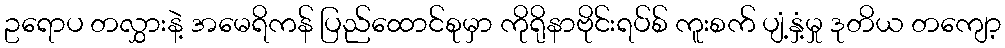
ဥရောပ တလွှားနဲ့ အမေရိကန် ပြည်ထောင်စုမှာ ကိုရိုနာဗိုင်းရပ်စ် ကူးစက် ပျံ့နှံ့မှု ဒုတိယ တကျော့